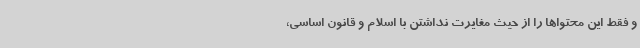
و فقط این محتواها را از حیث مغایرت نداشتن با اسلام و قانون اساسی،